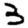
Digit: 3